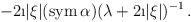
LaTeX: \begin{align*}-2\i |\xi |({\rm sym}\, \alpha ) (\lambda +2\i |\xi |)^{-1}\, .\end{align*}